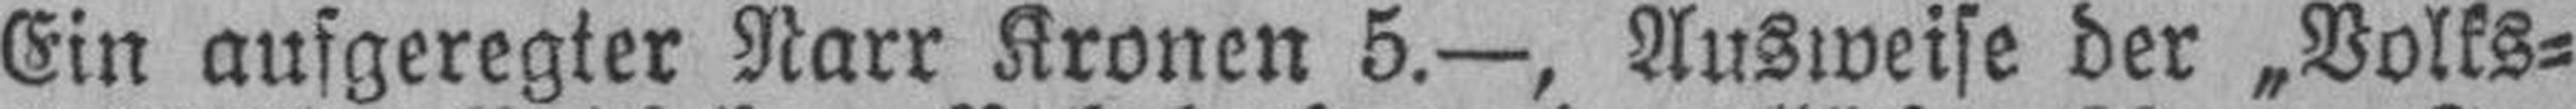
Ein aufgeregter Narr Kronen 5.—, Ausweise der „Volks¬